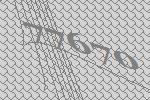
77670